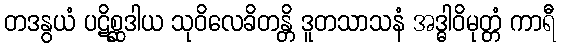
တဒနွယံ ပဋိစ္ဆဒါယ သုဝိလေခိတန္တိ ဒူတသာသနံ အဒ္ဓါဝိမုတ္တံ ကာရီ